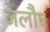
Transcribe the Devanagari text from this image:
जलौघ